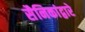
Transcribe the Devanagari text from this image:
सैनिकांद्वारे